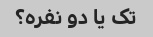
تک یا دو نفره؟